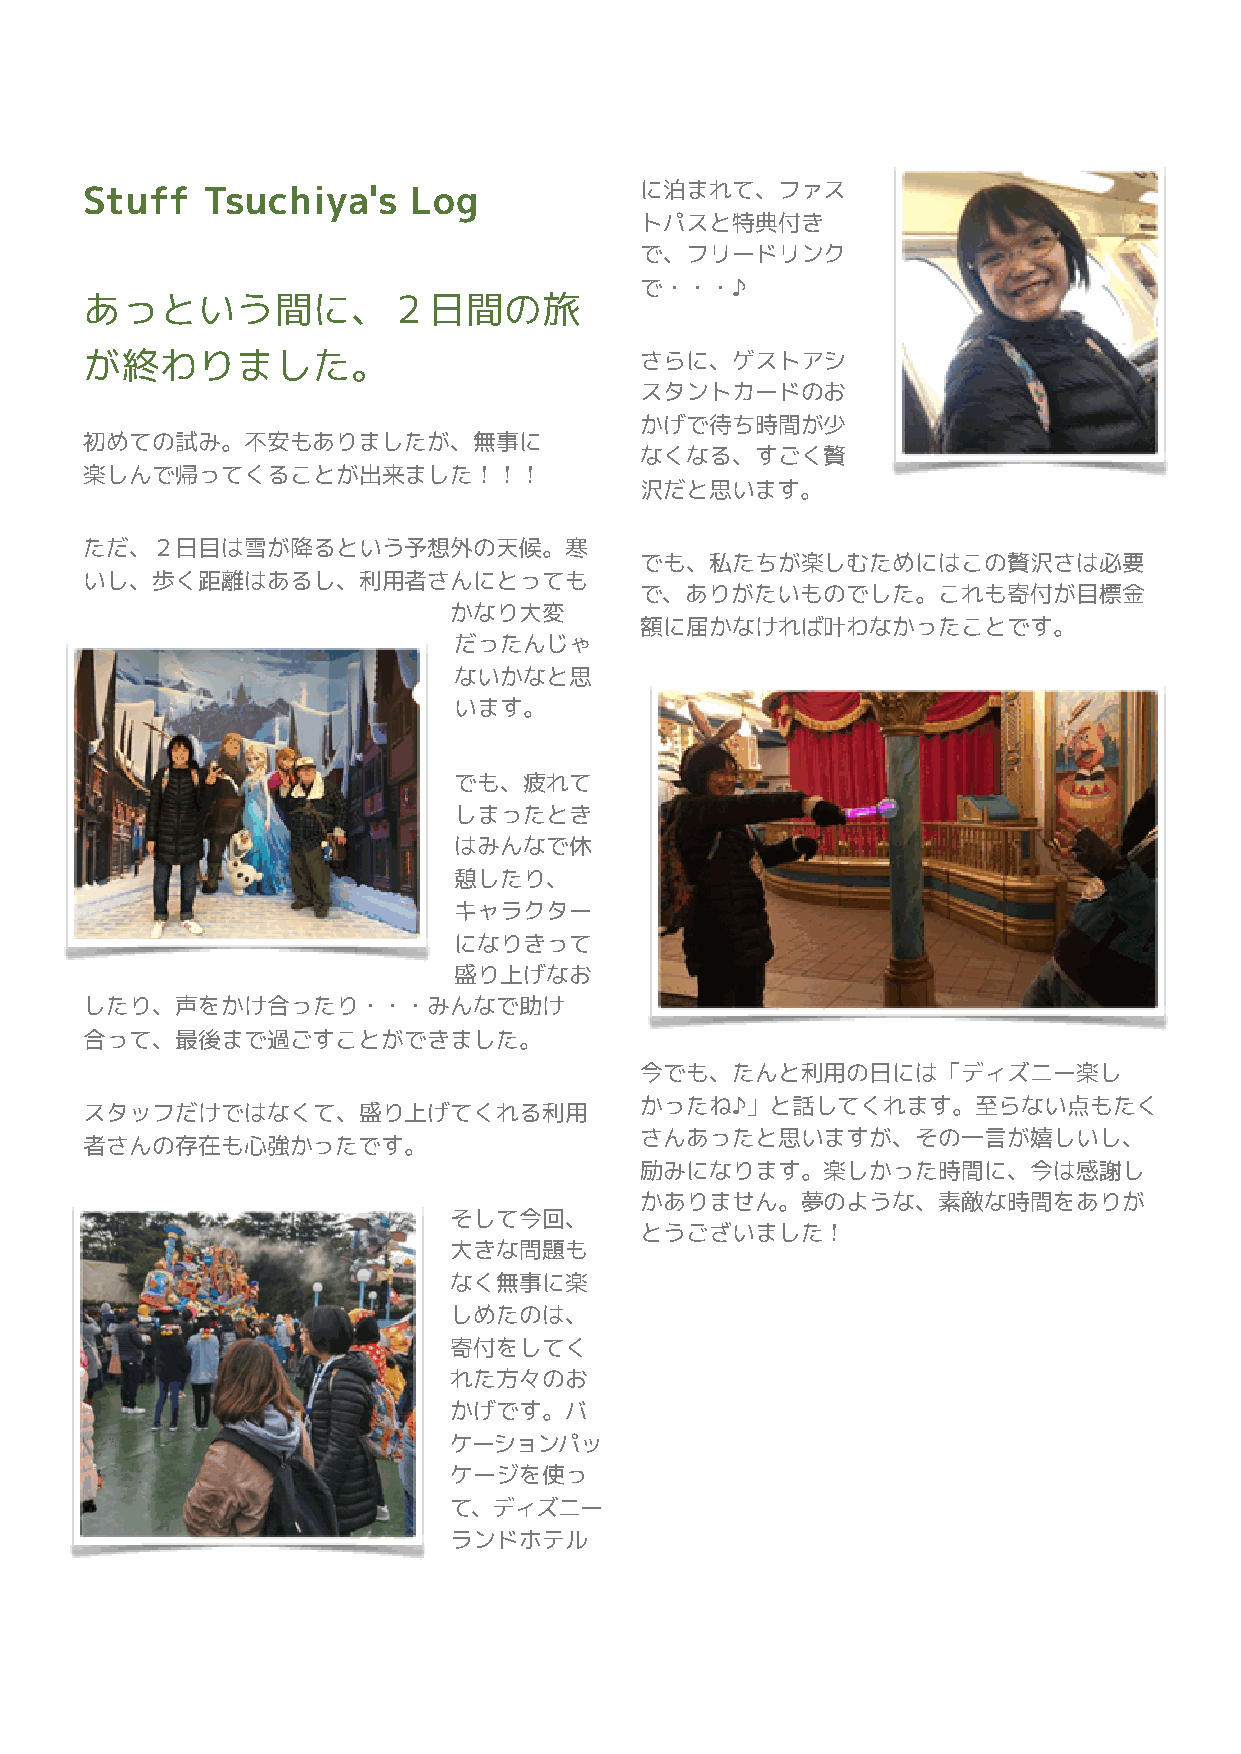
に泊まれて、ファス
 Stuff  Tsuchiya's    Log
 トパスと特典付き
 で、フリードリンク
 で・・・♪
 あっという間に、２日間の旅
 が終わりました。                            さらに、ゲストアシ
 スタントカードのお
 かげで待ち時間が少
 初めての試み。不安もありましたが、無事に
 なくなる、すごく贅
 楽しんで帰ってくることが出来ました！！！
 沢だと思います。
 ただ、２日目は雪が降るという予想外の天候。寒
 でも、私たちが楽しむためにはこの贅沢さは必要
 いし、歩く距離はあるし、利用者さんにとっても
 で、ありがたいものでした。これも寄付が目標金
 かなり大変
 額に届かなければ叶わなかったことです。
 だったんじゃ
 ないかなと思
 います。
 でも、疲れて
 しまったとき
 はみんなで休
 憩したり、
 キャラクター
 になりきって
 盛り上げなお
 したり、声をかけ合ったり・・・みんなで助け
 合って、最後まで過ごすことができました。
 今でも、たんと利用の日には「ディズニー楽し
 スタッフだけではなくて、盛り上げてくれる利用              かったね♪」と話してくれます。至らない点もたく
 さんあったと思いますが、その一言が嬉しいし、
 者さんの存在も心強かったです。
 励みになります。楽しかった時間に、今は感謝し
 かありません。夢のような、素敵な時間をありが
 そして今回、
 とうございました！
 大きな問題も
 なく無事に楽
 しめたのは、
 寄付をしてく
 れた方々のお
 かげです。バ
 ケーションパッ
 ケージを使っ
 て、ディズニー
 ランドホテル